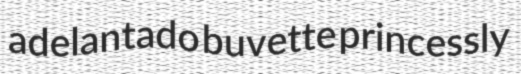
adelantado buvette princessly